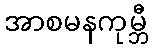
အာစမနကုမ္ဘီ